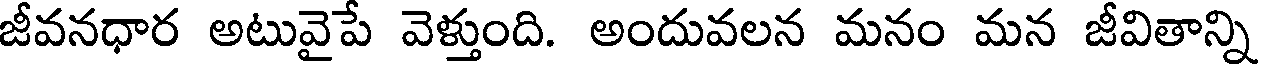
జీవనధార అటువైపే వెళ్తుంది. అందువలన మనం మన జీవితాన్ని